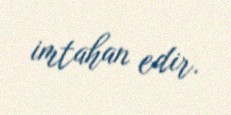
imtahan edir.